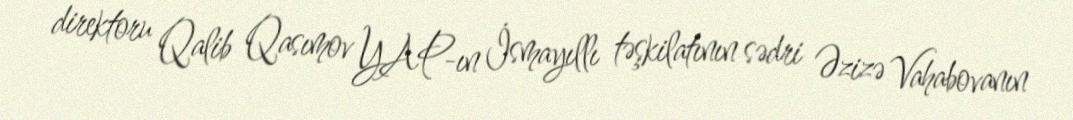
direktoru Qalib Qasımov YAP-ın İsmayıllı təşkilatının sədri Əzizə Vahabovanın